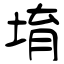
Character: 堉